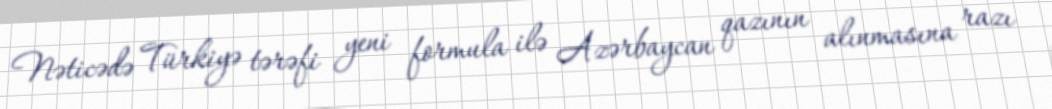
Nəticədə Türkiyə tərəfi yeni formula ilə Azərbaycan qazının alınmasına razı